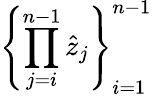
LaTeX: \left\{ \prod_{j=i}^{n-1}\hat{z}_{j}\right\} _{i=1}^{n-1}